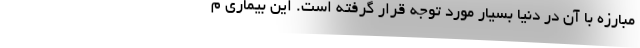
مبارزه با آن در دنیا بسیار مورد توجه قرار گرفته است. این بیماری م